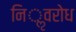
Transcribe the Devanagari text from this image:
निॢवरोध